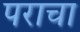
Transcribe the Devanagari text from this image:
पराचा